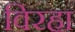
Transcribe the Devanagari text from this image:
विरहा